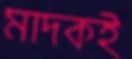
মাদকই